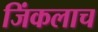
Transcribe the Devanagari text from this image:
जिंकलाच